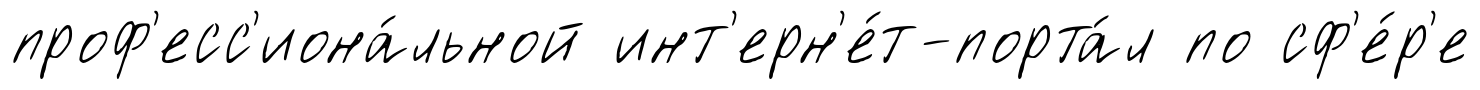
проф'есс'иона́льной инт'ерн'е́т-порта́л по сф'е́р'е